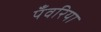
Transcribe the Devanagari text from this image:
पँवरिया